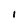
Character: I